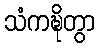
သံကဍ္ဎိတွာ